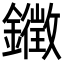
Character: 𮣚